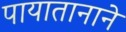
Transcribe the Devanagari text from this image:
पायातानाने